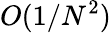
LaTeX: O(1/N^{2})